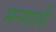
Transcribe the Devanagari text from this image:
मन्शाली